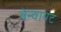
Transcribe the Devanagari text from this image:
बेन्वायट